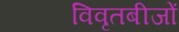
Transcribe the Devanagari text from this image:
विवृतबीजों